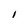
Character: I